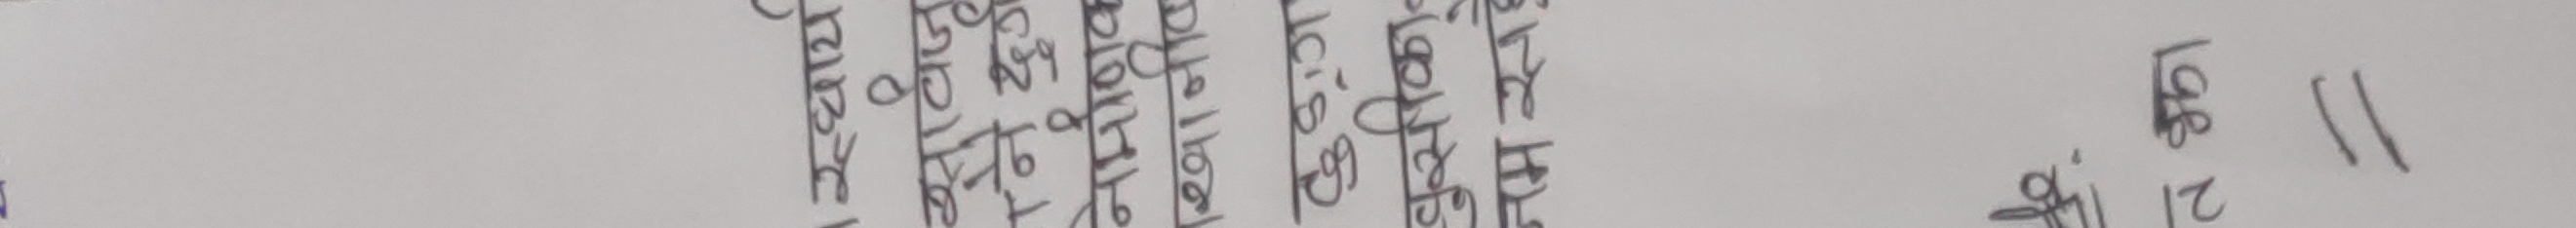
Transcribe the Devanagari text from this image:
11
124 168
21
बगडा 258 299 188 168
बोखडा 916 298 299 188
राधेकृष्ण 188 188 299 188 168
रामचंद्र 168 188 299 188 168
धनाडकर 188 188 299 168 168
धनराज 188 188 299 188 168
मोहनराज 188 188 299 188 168